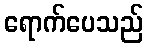
ရောက်ပေသည်